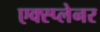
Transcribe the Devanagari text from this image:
एक्स्प्लेनर